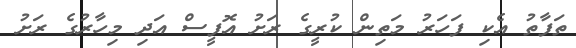
ތަފާތު އެކި ފަހަރު މަތިން ކުރީގެ ރަށު އޮފީސް އަދި މިހާރުގެ ރަށު